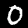
Label: 0